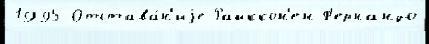
1995 Отстава́н'иjе Райккон'ен Ф'ернандо